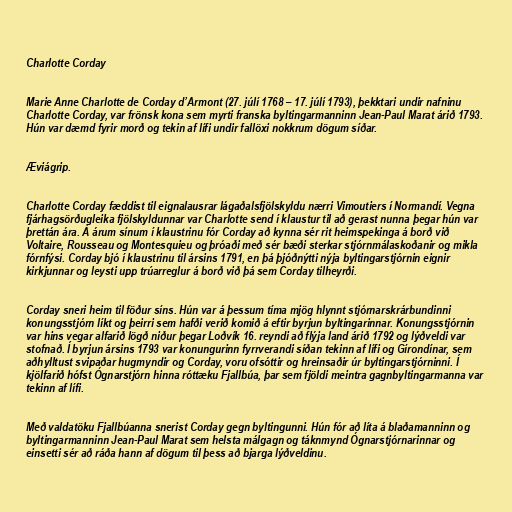
Charlotte Corday

Marie Anne Charlotte de Corday d’Armont (27. júlí 1768 – 17. júlí 1793), þekktari undir nafninu
Charlotte Corday, var frönsk kona sem myrti franska byltingarmanninn Jean-Paul Marat árið 1793.
Hún var dæmd fyrir morð og tekin af lífi undir fallöxi nokkrum dögum síðar.

Æviágrip.

Charlotte Corday fæddist til eignalausrar lágaðalsfjölskyldu nærri Vimoutiers í Normandí. Vegna
fjárhagsörðugleika fjölskyldunnar var Charlotte send í klaustur til að gerast nunna þegar hún var
þrettán ára. Á árum sínum í klaustrinu fór Corday að kynna sér rit heimspekinga á borð við
Voltaire, Rousseau og Montesquieu og þróaði með sér bæði sterkar stjórnmálaskoðanir og mikla
fórnfýsi. Corday bjó í klaustrinu til ársins 1791, en þá þjóðnýtti nýja byltingarstjórnin eignir
kirkjunnar og leysti upp trúarreglur á borð við þá sem Corday tilheyrði.

Corday sneri heim til föður síns. Hún var á þessum tíma mjög hlynnt stjórnarskrárbundinni
konungsstjórn líkt og þeirri sem hafði verið komið á eftir byrjun byltingarinnar. Konungsstjórnin
var hins vegar alfarið lögð niður þegar Loðvík 16. reyndi að flýja land árið 1792 og lýðveldi var
stofnað. Í byrjun ársins 1793 var konungurinn fyrrverandi síðan tekinn af lífi og Gírondínar, sem
aðhylltust svipaðar hugmyndir og Corday, voru ofsóttir og hreinsaðir úr byltingarstjórninni. Í
kjölfarið hófst Ógnarstjórn hinna róttæku Fjallbúa, þar sem fjöldi meintra gagnbyltingarmanna var
tekinn af lífi.

Með valdatöku Fjallbúanna snerist Corday gegn byltingunni. Hún fór að líta á blaðamanninn og
byltingarmanninn Jean-Paul Marat sem helsta málgagn og táknmynd Ógnarstjórnarinnar og
einsetti sér að ráða hann af dögum til þess að bjarga lýðveldinu.